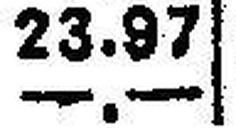
—.—